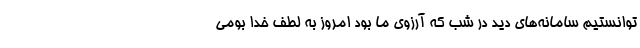
توانستیم سامانه‌های دید در شب که آرزوی ما بود امروز به لطف خدا بومی